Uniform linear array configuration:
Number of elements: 12
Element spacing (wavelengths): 0.75
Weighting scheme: exponential
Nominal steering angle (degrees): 0
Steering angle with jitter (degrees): -0.4364
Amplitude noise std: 0.05
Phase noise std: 0.05

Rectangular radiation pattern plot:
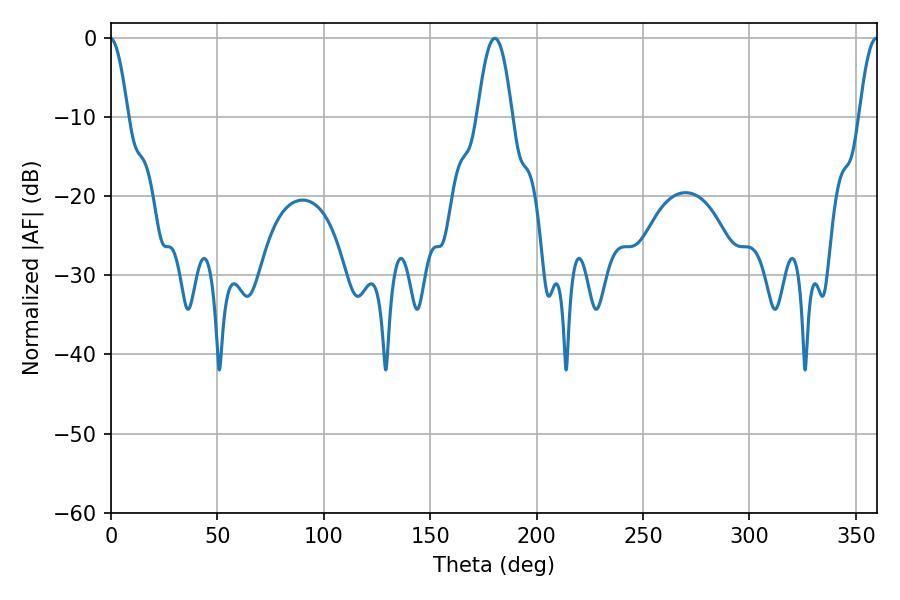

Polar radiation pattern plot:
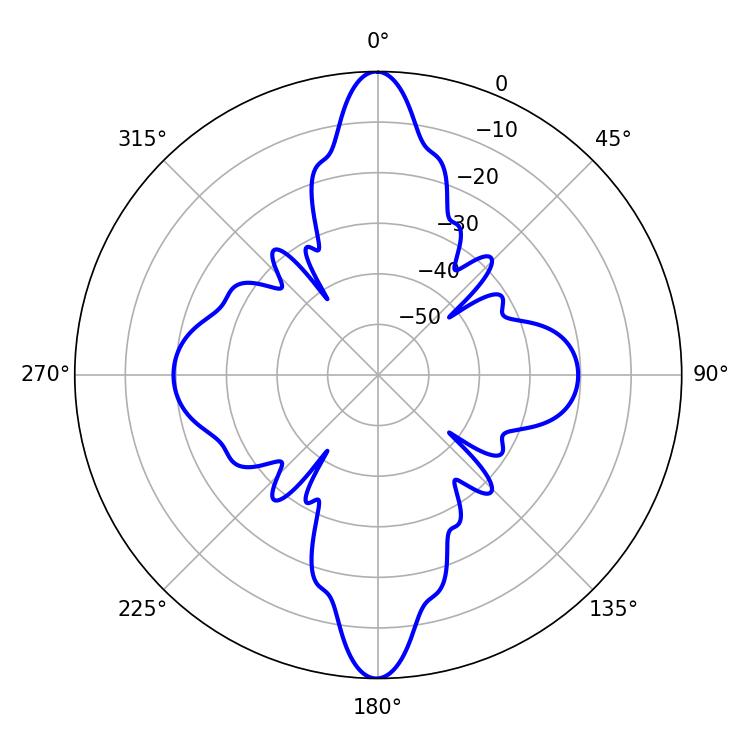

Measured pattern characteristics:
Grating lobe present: TRUE
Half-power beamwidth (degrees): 9
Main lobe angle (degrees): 180.36